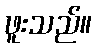
ဖူးသည်။